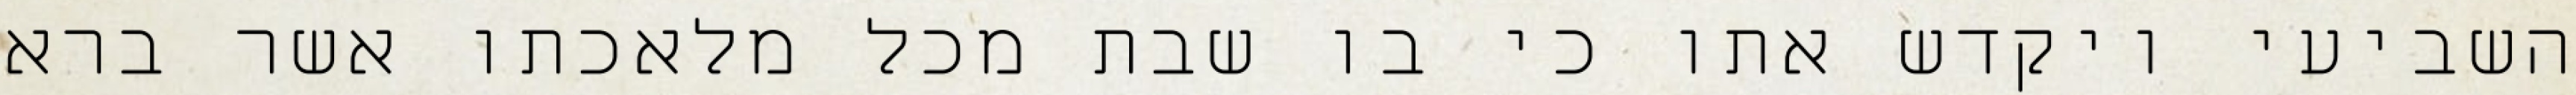
השביעי ויקדש אתו כי בו שבת מכל מלאכתו אשר ברא